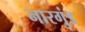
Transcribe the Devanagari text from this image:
नारगुंड